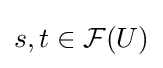
s,t\in {\mathcal {F}}(U)